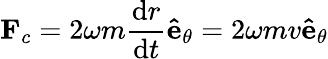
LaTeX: \mathbf{F}_{c}=2\omega m{\frac{\mathrm{{d}}r}{\mathrm{{d}}t}}\mathbf{\hat{e}}_{\theta}=2\omega mv\mathbf{\hat{e}}_{\theta}